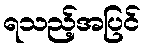
ရသည့်အပြင်